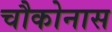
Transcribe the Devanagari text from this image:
चौकोनास